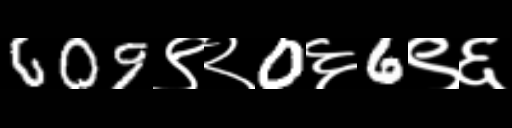
Text: 609९२0६6९६